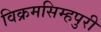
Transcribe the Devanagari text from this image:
विक्रमसिम्‍हपुरी